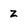
Character: z